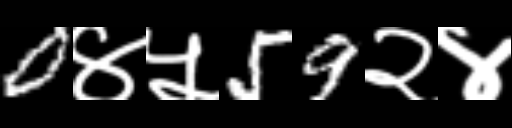
Text: 0४५59२४